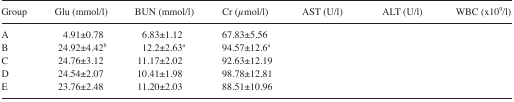
<table><thead><tr><td><b>Group</b></td><td><b>Glu (mmol/l)</b></td><td><b>BUN (mmol/l)</b></td><td><b>Cr (μmol/l)</b></td><td><b>AST (U/l)</b></td><td><b>ALT (U/l)</b></td><td><b>WBC (×10<sup>9</sup>/l)</b></td></tr></thead><tbody><tr><td>A</td><td>4.91±0.78</td><td>6.83±1.12</td><td>67.83±5.56</td><td>[EMPTY_CELL]</td><td>[EMPTY_CELL]</td><td>[EMPTY_CELL]</td></tr><tr><td>B</td><td>24.92±4.42b</td><td>12.2±2.63a</td><td>94.57±12.6a</td><td>[EMPTY_CELL]</td><td>[EMPTY_CELL]</td><td>[EMPTY_CELL]</td></tr><tr><td>C</td><td>24.76±3.12</td><td>11.17±2.02</td><td>92.63±12.19</td><td>[EMPTY_CELL]</td><td>[EMPTY_CELL]</td><td>[EMPTY_CELL]</td></tr><tr><td>D</td><td>24.54±2.07</td><td>10.41±1.98</td><td>98.78±12.81</td><td>[EMPTY_CELL]</td><td>[EMPTY_CELL]</td><td>[EMPTY_CELL]</td></tr><tr><td>E</td><td>23.76±2.48</td><td>11.20±2.03</td><td>88.51±10.96</td><td>[EMPTY_CELL]</td><td>[EMPTY_CELL]</td><td>[EMPTY_CELL]</td></tr></tbody></table>